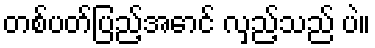
တစ်ပတ်ပြည့်အောင် လှည့်သည် ပဲ။